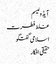
آیڈولیسم
غلط فطرت
اسلامی گفتگو
حقیقی افکار